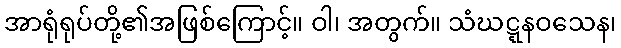
အာရုံရုပ်တို့၏အဖြစ်ကြောင့်။ ဝါ၊ အတွက်။ သံဃဋ္ဋနဝသေန၊